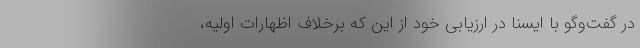
در گفت‌وگو با ایسنا در ارزیابی خود از این که برخلاف اظهارات اولیه،